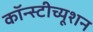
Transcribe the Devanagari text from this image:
कॉन्स्टीच्यूशन